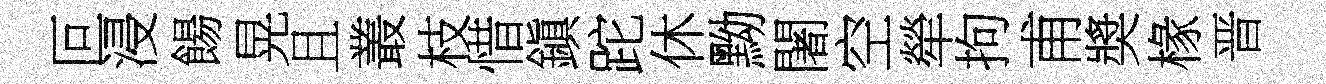
叵浸餳晃且叢枝惜鎭跎休黝闍空犖拘甫奬椽晋